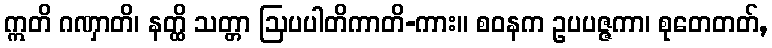
ဣတိ ဂဏှာတိ၊ နတ္ထိ သတ္တာ ဩပပါတိကာတိ-ကား။ စဝနက ဥပပဇ္ဇကာ၊ စုတေတတ်,